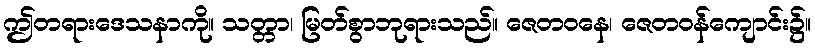
ဤတရားဒေသနာကို။ သတ္တာ၊ မြတ်စွာဘုရားသည်။ ဇေတဝနေ၊ ဇေတဝန်ကျောင်း၌။